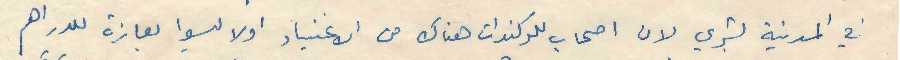
في المدينة بشري لان اصحاب اللوكندات هناك من الاغنياء اولا ليسوا بعازة للدراهم